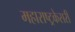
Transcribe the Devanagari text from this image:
महाराष्ट्रकेसरी